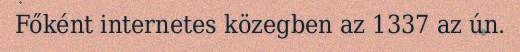
Főként internetes közegben az 1337 az ún.